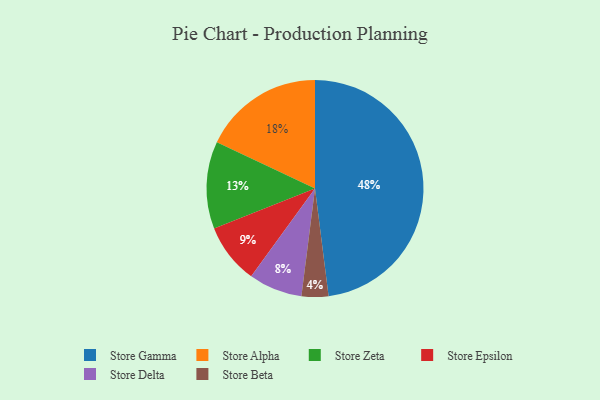
{"axis": {"x": "Category", "y": "Percentage"}, "legend": ["Store Alpha", "Store Beta", "Store Delta", "Store Epsilon", "Store Gamma", "Store Zeta"], "data": [{"x": "Store Epsilon", "y": 9, "type": "Store Epsilon"}, {"x": "Store Gamma", "y": 48, "type": "Store Gamma"}, {"x": "Store Alpha", "y": 18, "type": "Store Alpha"}, {"x": "Store Zeta", "y": 13, "type": "Store Zeta"}, {"x": "Store Delta", "y": 8, "type": "Store Delta"}, {"x": "Store Beta", "y": 4, "type": "Store Beta"}]}